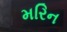
મરિન